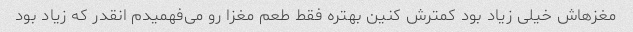
مغزهاش خیلی زیاد بود کمترش کنین بهتره فقط طعم مغزا رو می‌فهمیدم انقدر که زیاد بود